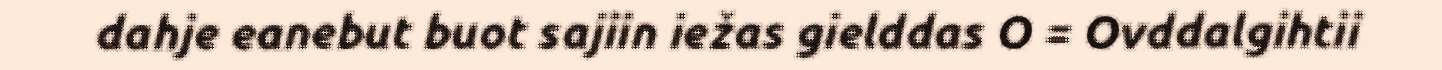
dahje eanebut buot sajiin iežas gielddas O = Ovddalgihtii